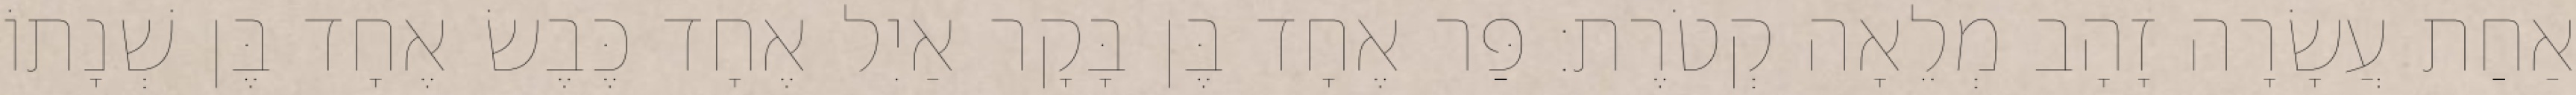
אַחַת עֲשָׂרָה זָהָב מְלֵאָה קְטֹרֶת׃ פַּר אֶחָד בֶּן בָּקָר אַיִל אֶחָד כֶּבֶשׂ אֶחָד בֶּן שְׁנָתוֹ